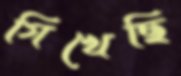
গিখেছি